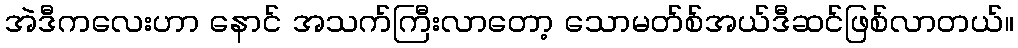
အဲဒီကလေးဟာ နောင် အသက်ကြီးလာတော့ သောမတ်စ်အယ်ဒီဆင်ဖြစ်လာတယ်။